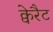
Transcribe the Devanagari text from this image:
क्वेरैट